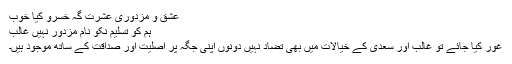
عشق و مزدوری عشرت گہ خسرو کیا خوب
ہم کو تسلیم نکو نامٔ مزدور نہیں غالب
غور کیا جائے تو غالب اور سعدی کے خیالات میں بھی تضاد نہیں دونوں اپنی جگہ پر اصلیت اور صداقت کے ساتھ موجود ہیں۔